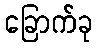
ခြောက်ခု